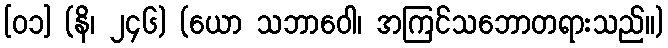
[၀၁] (နိ၊ ၂၄၆) (ယော သဘာဝေါ၊ အကြင်သဘောတရားသည်။)